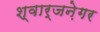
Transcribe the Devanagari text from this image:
श्वार्जने़गर